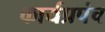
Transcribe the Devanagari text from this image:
कार्यप्रपंच